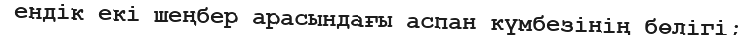
ендік екі шеңбер арасындағы аспан күмбезінің бөлігі;